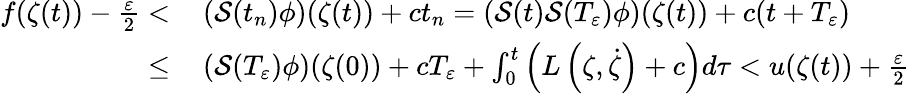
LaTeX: \begin{array}{rl}{f(\zeta(t))-\frac\varepsilon 2<}&{\, (\mathcal S(t_{n})\phi)(\zeta(t))+ct_{n}=(\mathcal S(t)\mathcal S(T_{\varepsilon})\phi)(\zeta(t))+c(t+T_{\varepsilon})}\\ {\le}&{\, (\mathcal S(T_{\varepsilon})\phi)(\zeta(0))+cT_{\varepsilon}+\int_{0}^{t}\left(L\left(\zeta,\dot{\zeta}\right)+c\right)d\tau<u(\zeta(t))+\frac\varepsilon 2}\end{array}